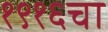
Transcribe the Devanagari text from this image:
१९१६चा